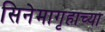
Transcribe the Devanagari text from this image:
सिनेमागृहाच्या